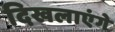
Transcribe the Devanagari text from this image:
दिखलाएंगे